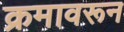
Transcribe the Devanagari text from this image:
क्रमावरून